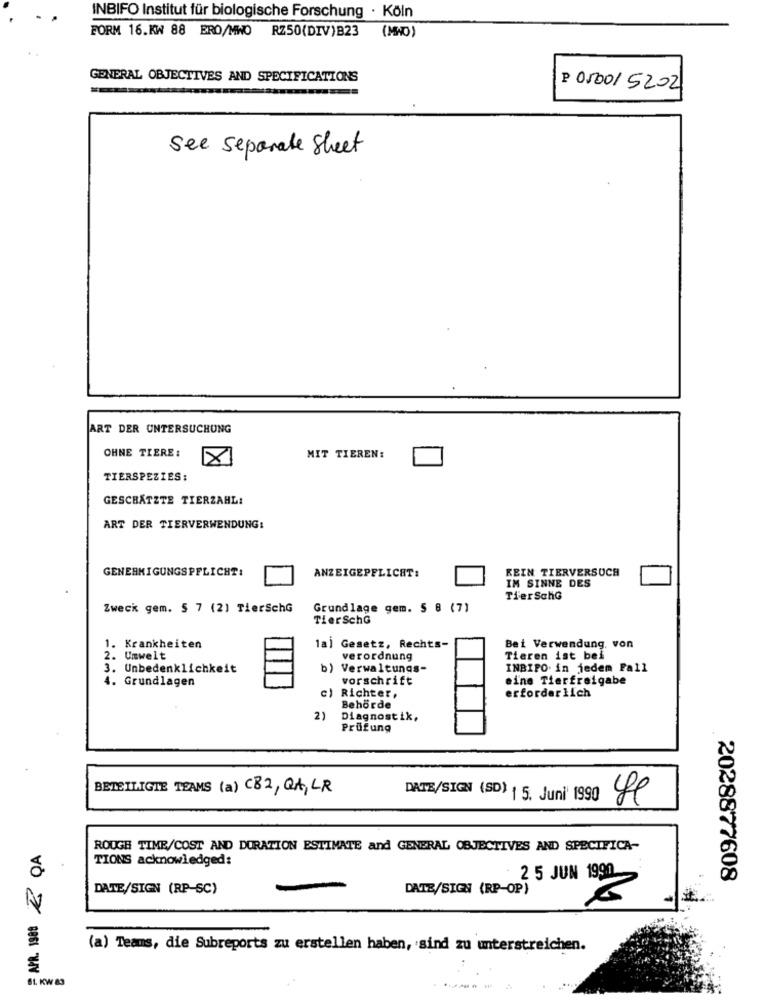
INBIFO Institut für biologische Forschung · Köln
FORM 16.KW 88 ERO/MNO RZ50(DIV)B23 (MWO)
GENERAL OBJECTIVES AND SPECIFICATIONS
P 05001 5202
See Separate Sheet
ART DER UNTERSUCHUNG
OHNE TIERE :
X
MIT TIEREN:
TIERSPEZIES:
GESCHÄTZTE TIERZAHL:
ART DER TIERVERWENDUNG:
GENEHMIGUNGSPFLICHT:
ANZEIGEPFLICHT:
KEIN TIERVERSUCH
IM SINNE DES
TierSchG
Zweck gem. 5 7 (2) TierschG
Grundlage gem. 5 8 (7)
TierSchG
1. Krankheiten
la) Gesetz, Rechts-
Bei Verwendung, von
2. Umwelt
verordnung
Tieren ist bei
3. Unbedenklichkeit
b) Verwaltungs-
INBIPO. in jedem Fall
4. Grundlagen
vorschrift
eine Tierfreigabe
erforderlich
c) Richter,
Behörde
2)
Diagnostik,
Prüfung
BETEILIGTE TEAMS (a) CB2, QA, LR
DATE/SIGN (SD) | 5. Juni 1990
& QA
ROUGH TIME/COST AND DURATION ESTIMATE and GENERAL OBJECTIVES AND SPECIFICA-
TIONS acknowledged:
2 5 JUN 1990
2028877608
DATE/SIGN (RP-SC)
DATE/SIGN (RP-OP)
APR. 1988
(a) Teams, die Subreports zu erstellen haben, sind zu unterstreichen.
SL. KW 83